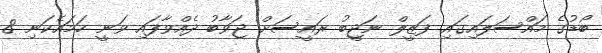
ބޯޑުގެ މައްސަލައިގައި ފަޒީލް ނަޖީބު ރައީސަށް ޖަވާބު ދެއްވާފައި ވަނީ ހަމައެކަނި 8